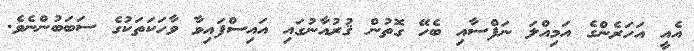
އެއީ އަހަރެންގެ އަމިއްލަ ނަފްސާއި ބެހޭ ގޮތުން ޤުރުއާނުގައި އައިސްފައިވާ ވާހަކަތަކުގެ ސަބަބުންނެވެ.